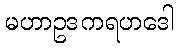
မဟာဥဒကရဟဒေါ